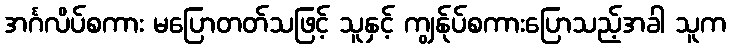
အင်္ဂလိပ်စကား မပြောတတ်သဖြင့် သူနှင့် ကျွန်ုပ်စကားပြောသည့်အခါ သူက